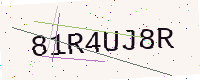
Text: 81R4UJ8R